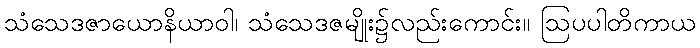
သံသေဒဇာယောနိယာဝါ၊ သံသေဒဇမျိုး၌လည်းကောင်း။ ဩပပါတိကာယ